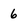
Character: 6